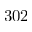
3 0 2